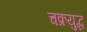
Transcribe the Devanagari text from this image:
चक्रयुद्ध